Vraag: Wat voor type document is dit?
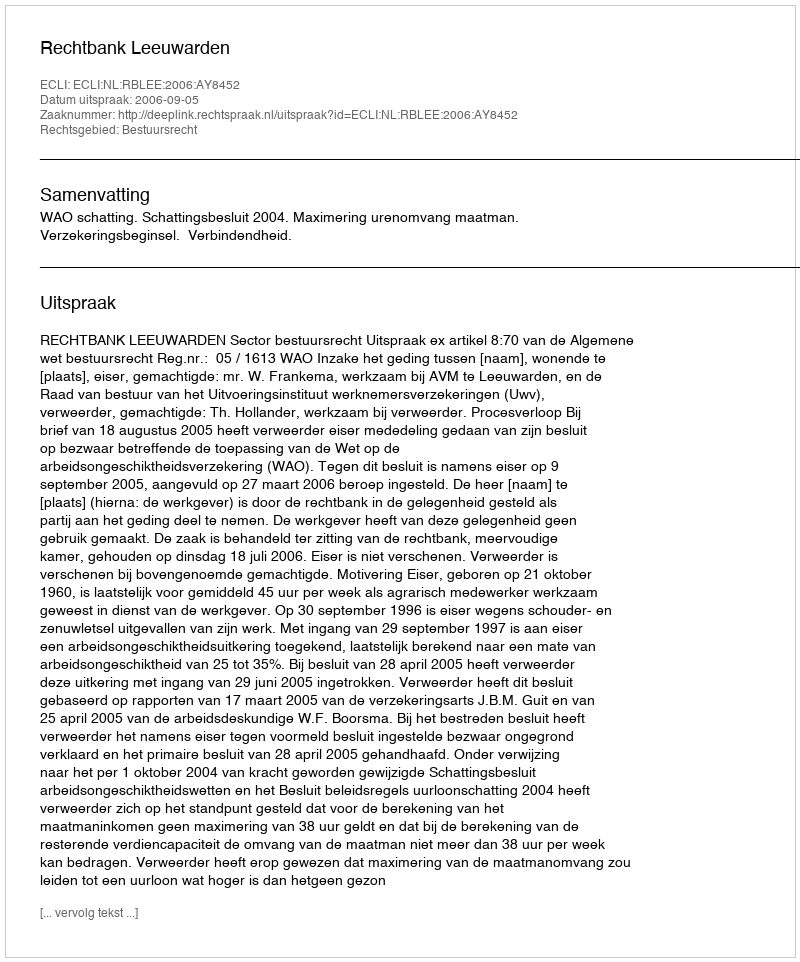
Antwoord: Uitspraak